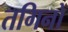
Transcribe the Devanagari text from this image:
तगिनों